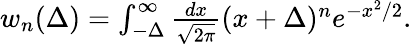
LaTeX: \begin{array}{r}{w_{n}(\Delta)=\int_{-\Delta}^{\infty}\frac{dx}{\sqrt{2\pi}}(x+\Delta)^{n}e^{-x^{2}/2}.}\end{array}